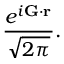
\frac { e ^ { i \mathbf { G } \cdot \mathbf { r } } } { \sqrt { 2 \pi } } .